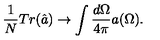
\frac { 1 } { N } T r ( \hat { a } ) \rightarrow \int \frac { d \Omega } { 4 \pi } a ( \Omega ) .